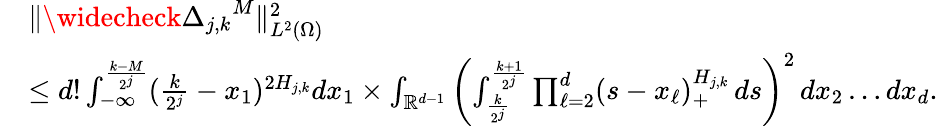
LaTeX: \begin{array}{rl}&{\| \widecheck{\Delta_{j,k}}^{M}\| _{L^{2}(\Omega)}^{2}}\\ &{\leq d!\int_{-\infty}^{\frac{k-M}{2^{j}}}(\frac{k}{2^{j}}-x_{1})^{2H_{j,k}}dx_{1}\times\int_{\mathbb{R}^{d-1}}\left(\int_{\frac{k}{2^{j}}}^{\frac{k+1}{2^{j}}}\prod_{\ell=2}^{d}(s-x_{\ell})_{+}^{H_{j,k}}\, ds\right)^{2}\, dx_{2}\ldots dx_{d}.}\end{array}